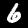
Label: 6